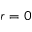
r = 0